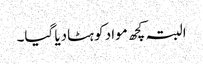
البتہ کچھ مواد کو ہٹادیا گیا۔